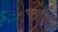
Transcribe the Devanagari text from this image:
पुष्पगंगेच्या